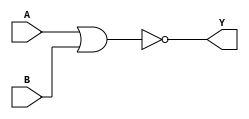
`timescale 1ns / 1ps
//////////////////////////////////////////////////////////////////////////////////
// Company: 
// Engineer: 
// 
// Design Name: 
// Module Name: NOR_2
// Project Name: 
// Target Devices: 
// Tool Versions: 
// Description: 
// 
// Dependencies: 
// 
// Revision:
// Revision 0.01 - File Created
// Additional Comments:
// 
//////////////////////////////////////////////////////////////////////////////////


module NOR_2(output Y, input A, B);
nor #(2)(Y, A, B); 
endmodule